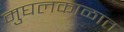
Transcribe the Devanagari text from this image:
मुघलकाळात